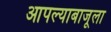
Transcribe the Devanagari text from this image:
आपल्याबाजूला